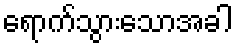
ရောက်သွားသောအခါ